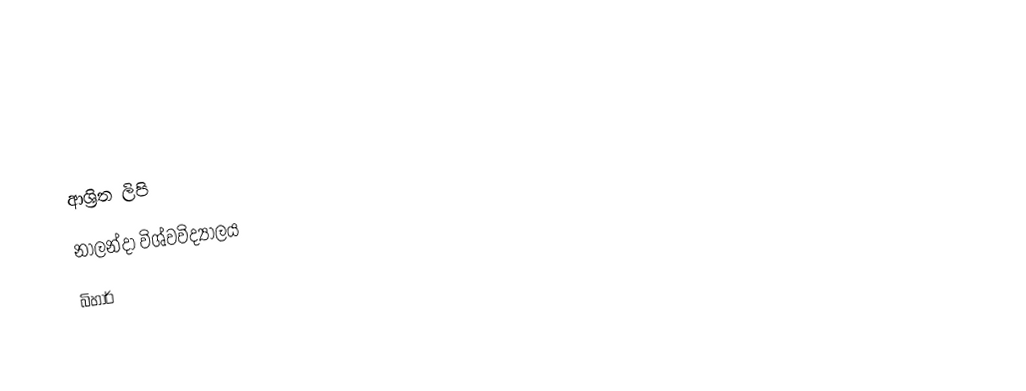

ආශ්‍රිත ලිපි
 නාලන්දා විශ්වවිද්‍යාලය
බිහාර්